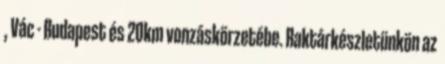
, Vác - Budapest és 20km vonzáskörzetébe. Raktárkészletünkön az